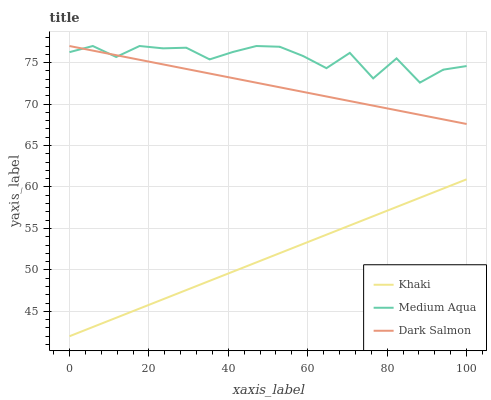
| xaxis_label | Khaki | Medium Aqua | Dark Salmon |
 | --- | --- | --- | --- |
 | 0 | 42 | 76.3 | 77 |
 | 5.88 | 43.1 | 77 | 76.4 |
 | 11.8 | 44.2 | 75.7 | 75.9 |
 | 17.6 | 45.3 | 77 | 75.3 |
 | 23.5 | 46.5 | 76.7 | 74.8 |
 | 29.4 | 47.6 | 76.8 | 74.2 |
 | 35.3 | 48.7 | 75.4 | 73.7 |
 | 41.2 | 49.8 | 76.3 | 73.1 |
 | 47.1 | 50.9 | 77 | 72.6 |
 | 52.9 | 52 | 76.9 | 72 |
 | 58.8 | 53.1 | 75.8 | 71.5 |
 | 64.7 | 54.2 | 74.3 | 70.9 |
 | 70.6 | 55.4 | 76.2 | 70.4 |
 | 76.5 | 56.5 | 73.1 | 69.8 |
 | 82.4 | 57.6 | 75.5 | 69.3 |
 | 88.2 | 58.7 | 72.6 | 68.7 |
 | 94.1 | 59.8 | 74.1 | 68.1 |
 | 100 | 60.9 | 74.6 | 67.6 |